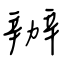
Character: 辦